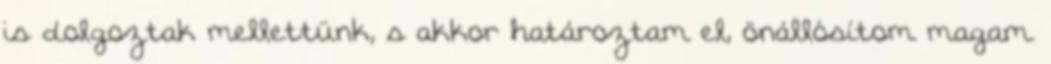
is dolgoztak mellettünk, s akkor határoztam el, önállósítom magam.